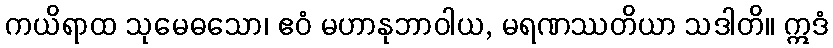
ကယိရာထ သုမေဓသော၊ ဧဝံ မဟာနုဘာဝါယ, မရဏဿတိယာ သဒါတိ။ ဣဒံ